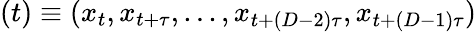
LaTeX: (t)\equiv(x_{t},x_{t+\tau},...,x_{t+(D-2)\tau},x_{t+(D-1)\tau})